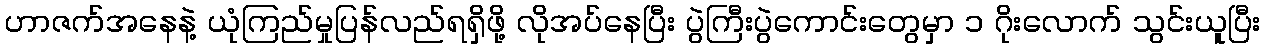
ဟာဇက်အနေနဲ့ ယုံကြည်မှုပြန်လည်ရရှိဖို့ လိုအပ်နေပြီး ပွဲကြီးပွဲကောင်းတွေမှာ ၁ ဂိုးလောက် သွင်းယူပြီး